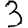
Digit: 3